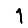
Digit: 1